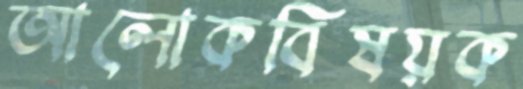
আলোকবিষয়ক